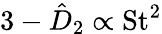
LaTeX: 3-\hat{D}_{2}\propto\mathrm{St}^{2}